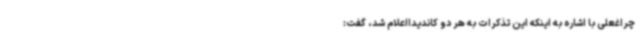
چراغعلی با اشاره به اینکه این تذکرات به هر دو کاندیدااعلام شد، گفت: